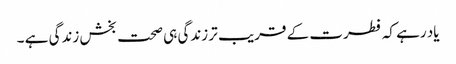
یاد رہے کہ فطرت کے قریب تر زندگی ہی صحت بخش زندگی ہے ۔